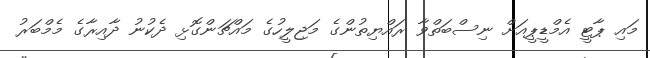
މައި ޕާޓީ އެމްޑީޕީއަށް ނިސްބަތްވާ ރައްޔިތުންގެ މަޖިލީހުގެ މައްޗަންގޮޅި ދެކުނު ދާއިރާގެ މެމްބަރު